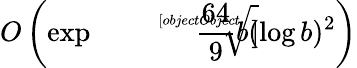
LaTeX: O\left(\exp{\sqrt[[objectObject]]{{\frac{64}{9}}b(\log b)^{2}}}\right)